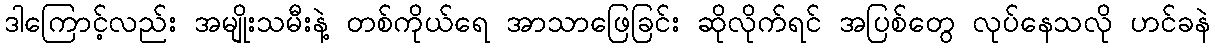
ဒါကြောင့်လည်း အမျိုးသမီးနဲ့ တစ်ကိုယ်ရေ အာသာဖြေခြင်း ဆိုလိုက်ရင် အပြစ်တွေ လုပ်နေသလို ဟင်ခနဲ